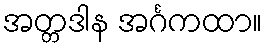
အတ္တဒါန အင်္ဂကထာ။